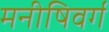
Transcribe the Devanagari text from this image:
मनीषिवर्ग